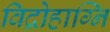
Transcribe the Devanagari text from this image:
विद्रोहाग्नि